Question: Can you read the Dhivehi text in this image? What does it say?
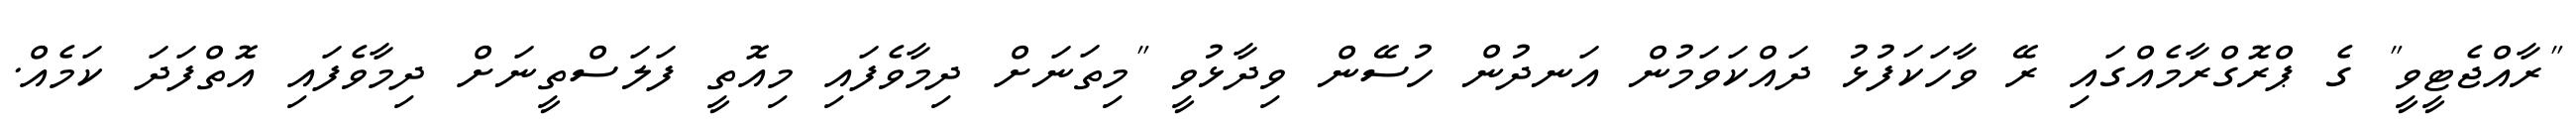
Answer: "ރާއްޖެޓީވީ" ގެ ޕްރޮގްރާމެއްގައި ރޭ ވާހަކަފުޅު ދައްކަވަމުން އަނދުން ހުސޭން ވިދާޅުވީ "މިތަނަށް ދިމާވެފައި މިއޮތީ ފަލަސްތީނަށް ދިމާވެފައި އޮތްފަދަ ކަމެއް.